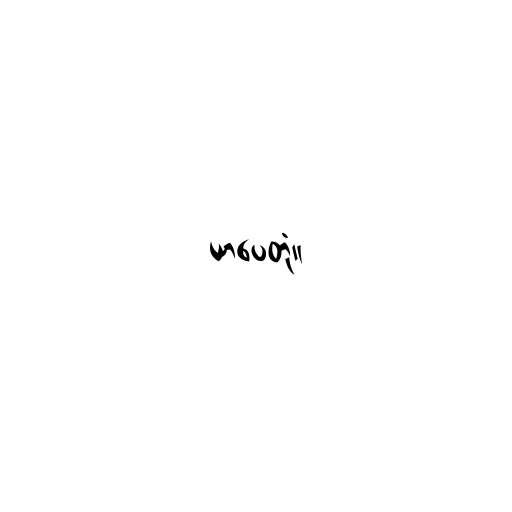
ယာပေတုံ။